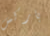
باركس